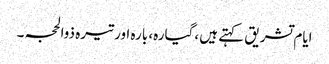
ایام تشریق کہتے ہیں ،گیارہ، بارہ اور تیرہ ذوالحجہ ۔